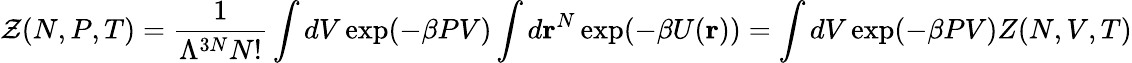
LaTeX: {\mathcal{Z}}(N,P,T)={\frac{1}{\Lambda^{3N}N!}}\int dV\exp(-\beta PV)\int d\mathbf{r}^{N}\exp(-\beta U(\mathbf{r}))=\int dV\exp(-\beta PV)Z(N,V,T)